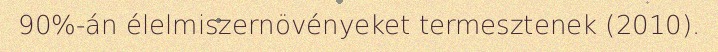
90%-án élelmiszernövényeket termesztenek (2010).